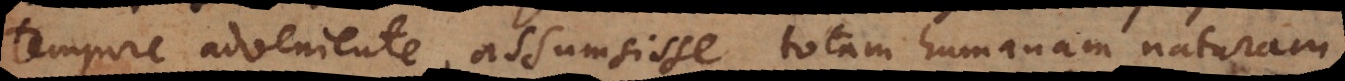
tempore adveniente, assumsisse totam humanam naturam